Papers set at the Examination for Leaving Certificates, 1894
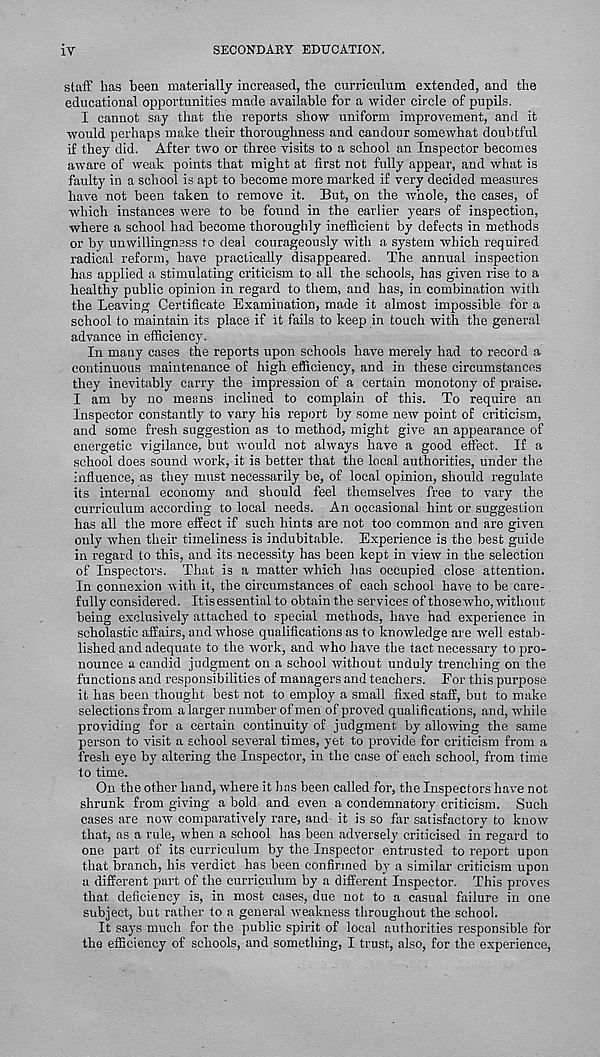
iv
SECONDARY EDUCATION.
staff has been materially increased, the curriculum extended, and the
educational opportunities made available for a wider circle of pupils.
I cannot say that the reports show uniform improvement, and it
would perhaps make their thoroughness and candour somewhat doubtful
if they did. After two or three visits to a school an Inspector becomes
aware of weak points that might at first not fully appear, and what is
faulty in a school is apt to become more marked if very decided measures
have not been taken to remove it. But, on the whole, the cases, of
which instances were to be found in the earlier years of inspection,
where a school had become thoroughly inefficient by defects in methods
or by unwillingness to deal courageously with a system which required
radical reform, have practically disappeared. The annual inspection
has applied a stimulating criticism to all the schools, has given rise to a
healthy public opinion in regard to them, and has, in combination with
the Leaving Certificate Examination, made it almost impossible for a
school to maintain its place if it fails to keep in touch with the general
advance in efficiency.
In many cases the reports upon schools have merely had to record a
continuous maintenance of high efficiency, and in these circumstances
they inevitably carry the impression of a certain monotony of praise.
I am by no means inclined to complain of this. To require an
Inspector constantly to vary his report by some new point of criticism,
and some fresh suggestion as to method, might give an appearance of
energetic vigilance, but would not always have a good effect. If a
school does sound work, it is better that the local authorities, under the
influence, as they must necessarily be, of local opinion, should regulate
its internal economy and should feel themselves free to vary the
curriculum according to local needs. An occasional hint or suggestion
has all the more effect if such hints are not too common and are given
only when their timeliness is indubitable. Experience is the best guide
in regard to this, and its necessity has been kept in view in the selection
of Inspectors. That is a matter which lias occupied close attention.
In connexion with it, the circumstances of each school have to be care-
fully considered. Itisessential to obtain the services of those who, without
being exclusively attached to special methods, have had experience in
scholastic affairs, and whose qualifications as to knowledge are well estab-
lished and adequate to the work, and who have the tact necessary to pro-
nounce a candid judgment on a school without unduly trenching on the
functions and responsibilities of managers and teachers. For this purpose
it has been thought best not to employ a small fixed staff, but to make
selections from a larger number of men of proved qualifications, and, while
providing for a certain continuity of judgment by allowing the same
person to visit a school several times, yet to provide for criticism from a
fresh eye by altering the Inspector, in the case of each school, from time
to time.
On the other hand, where it has been called for, the Inspectors have not
shrunk from giving a bold and even a condemnatory criticism. Such
cases are now comparatively rare, and it is so far satisfactory to know
that, as a rule, when a school has been adversely criticised in regard to
one part of its curriculum by the Inspector entrusted to report upon
that branch, his verdict has been confirmed by a similar criticism upon
a different part of the curriculum by a different Inspector. This proves
that deficiency is, in most cases, due not to a casual failure in one
subject, hut rather to a general weakness throughout the school.
It says much for the public spirit of local authorities responsible for
the efficiency of schools, and something, I trust, also, for the experience,